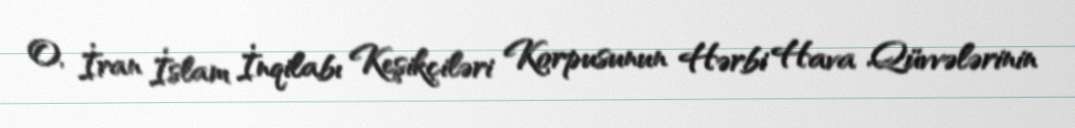
O, İran İslam İnqilabı Keşikçiləri Korpusunun Hərbi Hava Qüvvələrinin